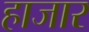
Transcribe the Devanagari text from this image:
हाजार